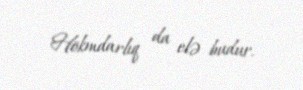
Hökmdarlıq da elə budur.